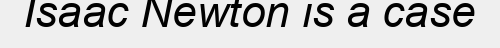
Isaac Newton is a case